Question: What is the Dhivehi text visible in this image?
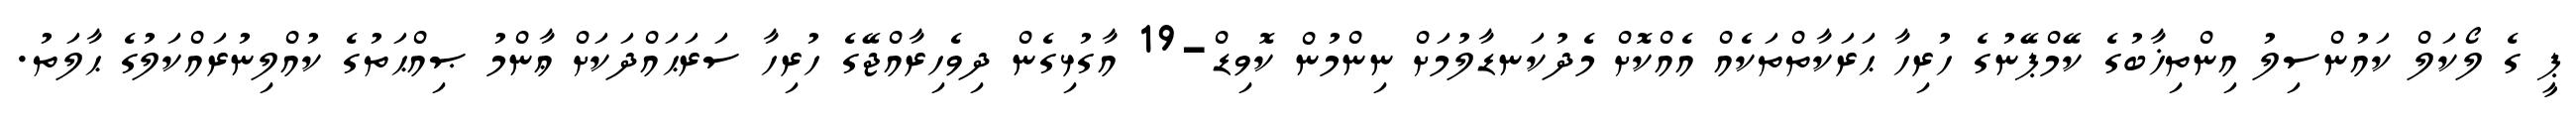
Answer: ޕީ ގެ ލޯކަލް ކައުންސިލު އިންތިޚާބުގެ ކޭމްޕޭނުގެ ހުރިހާ ޙަރަކާތްތަކެއް އެއްކޮށް މެދުކަނޑާލުމަށް ނިންމުން ކޮވިޑް-19 އާގުޅިގެން ދިވެހިރާއްޖޭގެ ހުރިހާ ސަރަޙައްދަކަށް ޢާންމު ޞިއްޙަތުގެ ކުއްލިނުރައްކަލުގެ ޙާލަތު.